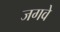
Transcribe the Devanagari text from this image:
जगवे